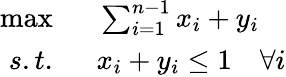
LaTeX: \begin{array}{rl}{\operatorname*{max}\; \; }&{{}\sum_{i=1}^{n-1}x_{i}+y_{i}}\\ {s.t.\; \; }&{{}x_{i}+y_{i}\leq 1\quad\forall i}\end{array}